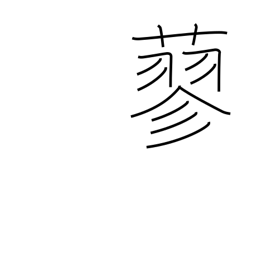
Meaning: a smartweed